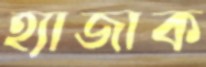
হ্যাজাক